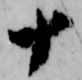
十